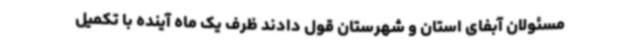
مسئولان آبفای استان و شهرستان قول دادند ظرف یک ماه آینده با تکمیل